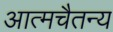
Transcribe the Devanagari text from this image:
आत्मचैतन्य